Second report of the anti-malarial operations at Mian Mir, 1901-1903 - Number 9
Year: 1901
Disease focus: Malaria
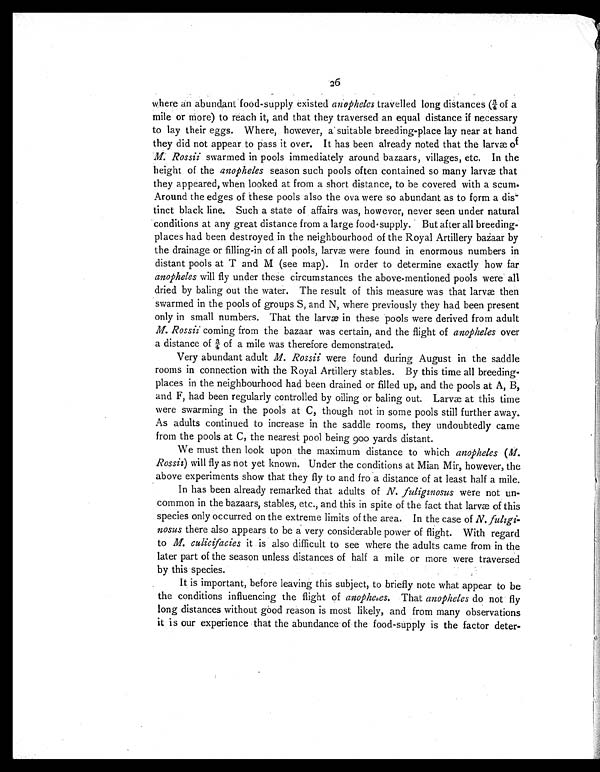
26
where an abundant food-supply existed anopheles travelled long distances (¾ of a
mile or more) to reach it, and that they traversed an equal distance if necessary
to lay their eggs. Where, however, a suitable breeding-place lay near at hand
they did not appear to pass it over. It has been already noted that the larvæ of
M. Rossii swarmed in pools immediately around bazaars, villages, etc. In the
height of the anopheles season such pools often contained so many larvæ that
they appeared, when looked at from a short distance, to be covered with a scum.
Around the edges of these pools also the ova were so abundant as to form a dis-
tinct black line. Such a state of affairs was, however, never seen under natural
conditions at any great distance from a large food-supply. But after all breeding-
places had been destroyed in the neighbourhood of the Royal Artillery bazaar by
the drainage or filling-in of all pools, larvæ were found in enormous numbers in
distant pools at T and M (see map). In order to determine exactly how far
anopheles will fly under these circumstances the above-mentioned pools were all
dried by baling out the water. The result of this measure was that larvæ then
swarmed in the pools of groups S, and N, where previously they had been present
only in small numbers. That the larvæ in these pools were derived from adult
M. Rossii coming from the bazaar was certain, and the flight of anopheles over
a distance of ¾ of a mile was therefore demonstrated.
Very abundant adult M. Rossii were found during August in the saddle
rooms in connection with the Royal Artillery stables. By this time all breeding-
places in the neighbourhood had been drained or filled up, and the pools at A, B,
and F, had been regularly controlled by oiling or baling out. Larvæ at this time
were swarming in the pools at C, though not in some pools still further away.
As adults continued to increase in the saddle rooms, they undoubtedly came
from the pools at C, the nearest pool being 900 yards distant.
We must then look upon the maximum distance to which anopheles ( M.
Rossii) will fly as not yet known. Under the conditions at Mian Mir, however, the
above experiments show that they fly to and fro a distance of at least half a mile.
In has been already remarked that adults of N. fuliginosus were not un-
common in the bazaars, stables, etc., and this in spite of the fact that larvæ of this
species only occurred on the extreme limits of the area. In the case of N. fuligi-
nosus there also appears to be a very considerable power of flight. With regard
to M. culicifacies it is also difficult to see where the adults came from in the
later part of the season unless distances of half a mile or more were traversed
by this species.
It is important, before leaving this subject, to briefly note what appear to be
the conditions influencing the flight of anopheles. That anopheles do not fly
long distances without good reason is most likely, and from many observations
it is our experience that the abundance of the food-supply is the factor deter-